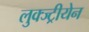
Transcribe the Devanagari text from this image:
लुक्ज्ट्रीयेन